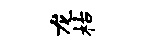
龙枯